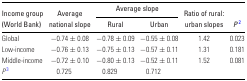
|  |  | <COLSPAN=2> Average slope |  |  |
 | Income group | Average |  |  | Ratio of rural: |  |
 | (World Bank) | national slope | Rural | Urban | urban slopes | P 2 |
 | --- | --- | --- | --- | --- | --- |
 | Global | −0.74 ± 0.08 | −0.78 ± 0.09 | −0.55 ± 0.08 | 1.42 | 0.023 |
 | Low-income | −0.76 ± 0.13 | −0.75 ± 0.13 | −0.57 ± 0.11 | 1.31 | 0.181 |
 | Middle-income | −0.72 ± 0.10 | −0.80 ± 0.13 | −0.52 ± 0.11 | 1.52 | 0.081 |
 | P 3 | 0.725 | 0.829 | 0.712 |  |  |